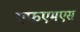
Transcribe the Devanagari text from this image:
एफएमएस